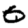
Digit: 0